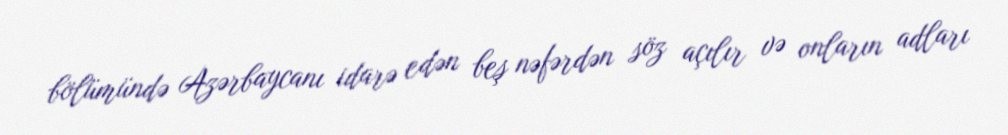
bölümündə Azərbaycanı idarə edən beş nəfərdən söz açılır və onların adları